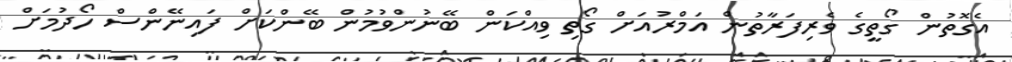
އެގޮތުން ގޯތީގެ ވެރިފަރާތުން އަމްރުއަށް ގޯތި ވިއްކަން ބޭނުންވުމުން ބޭންކަށް ފައިނޭންސް ހޯދުމަށް